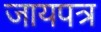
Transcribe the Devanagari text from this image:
जायपत्र